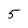
Character: 5